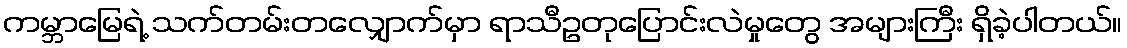
ကမ္ဘာမြေရဲ့ သက်တမ်းတလျှောက်မှာ ရာသီဥတုပြောင်းလဲမှုတွေ အများကြီး ရှိခဲ့ပါတယ်။